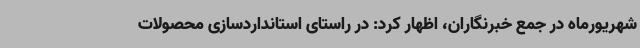
شهریورماه در جمع خبرنگاران، اظهار کرد: در راستای استانداردسازی محصولات